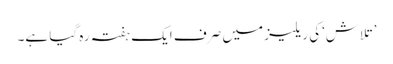
’تلاش‘کی ریلیز میں صرف ایک ہفتہ رہ گیا ہے۔